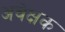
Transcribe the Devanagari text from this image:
अवेक्षक